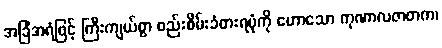
အခြံအရံဖြင့် ကြီးကျယ်စွာ စည်းစိမ်းခံစားရပုံကို ဟောသော ကုဏာလဇာတက၊